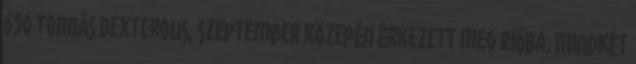
650 tonnás Dexterous, szeptember közepén érkezett meg Rióba. Mindkét